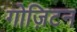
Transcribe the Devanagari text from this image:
गोज़िटन